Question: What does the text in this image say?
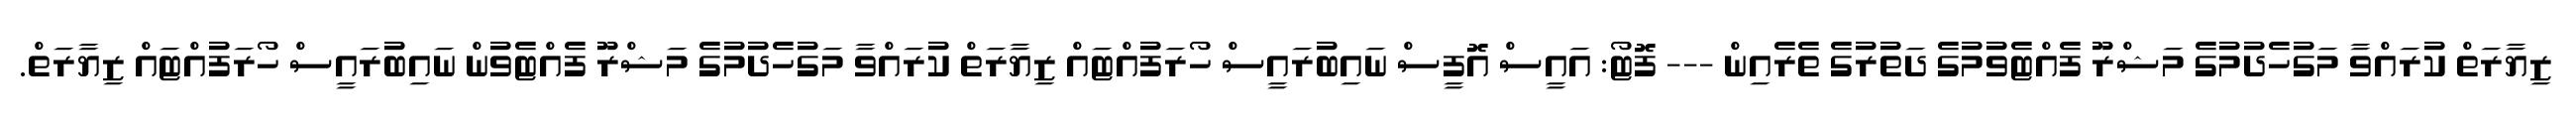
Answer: ޒިޔާރަތް ކުރައްވާ މަގުހެދުމުގެ މަޝްރޫ ފެއްޓެވުމުގެ ދަތުރުގެ ތެރެއިން --- ފޮޓޯ: އައީސް އޮފީސް ނައިބުރައީސް ހޯރަފުއްޓައް ޒިޔާރަތް ކުރައްވާ މަގުހެދުމުގެ މަޝްރޫ ފެއްޓެވުން ނައިބުރައީސް ހޯރަފުއްޓައް ޒިޔާރަތް.